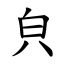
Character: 㒵